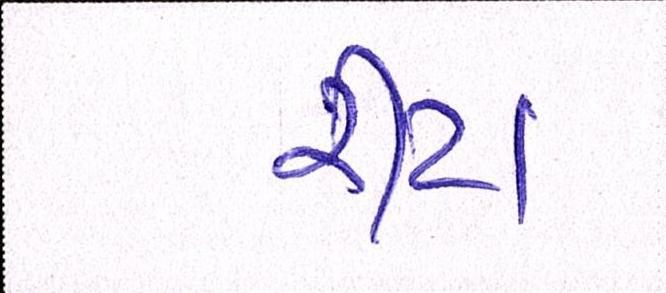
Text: રીટા